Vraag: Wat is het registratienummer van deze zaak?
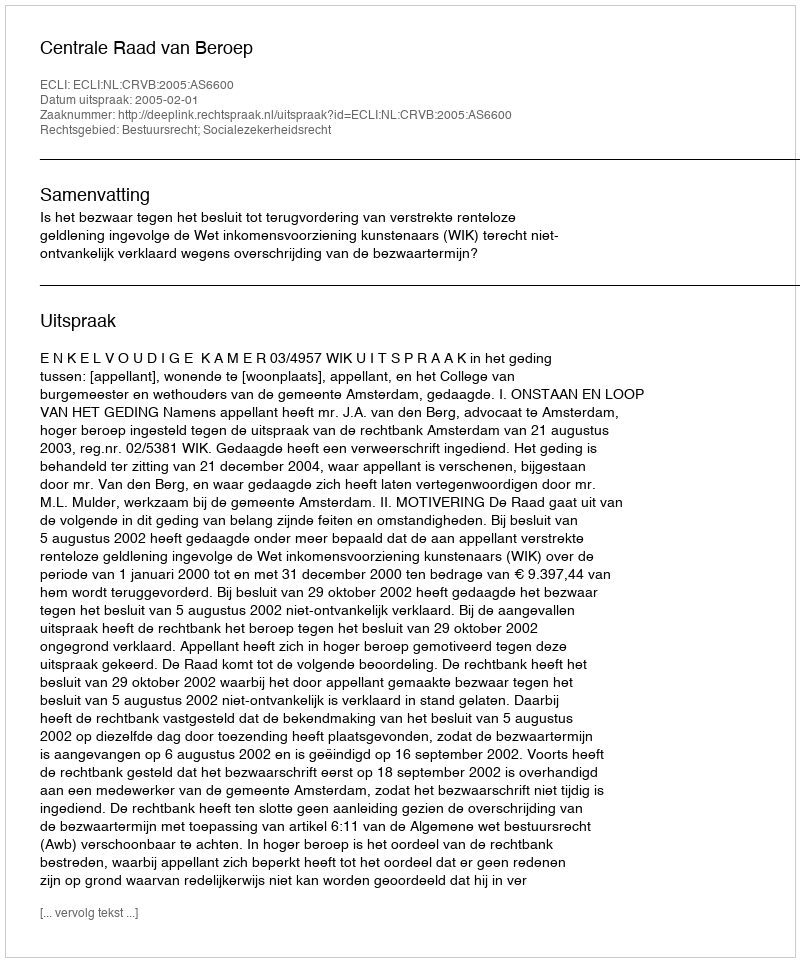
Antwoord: http://deeplink.rechtspraak.nl/uitspraak?id=ECLI:NL:CRVB:2005:AS6600